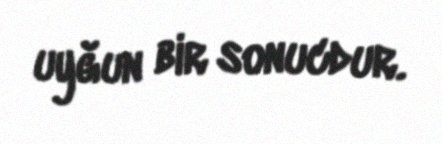
uyğun bir sonucdur.